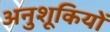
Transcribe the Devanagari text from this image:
अनुशूकियों